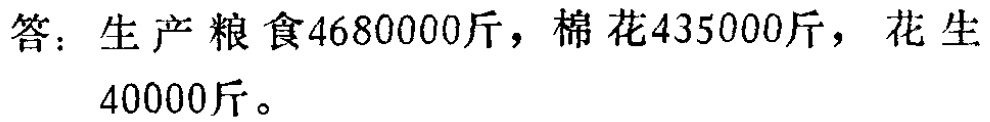
答：生产粮食\(4680000\)斤，棉花\(435000\)斤，花生\(40000\)斤。